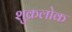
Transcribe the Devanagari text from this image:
शुक्रलोक